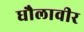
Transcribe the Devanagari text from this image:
धौलावीर